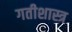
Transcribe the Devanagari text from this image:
गतीशास्त्र